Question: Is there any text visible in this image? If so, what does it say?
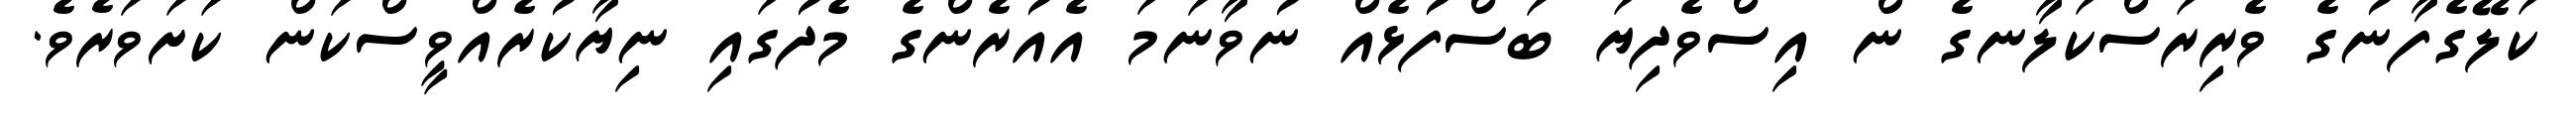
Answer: ކަލޭގެފާނުގެ ވެރިރަސްކަލާނގެ ން އިސްވެދިޔަ ބަސްފުޅެއް ނުވާނަމަ އެއުރެންގެ މެދުގައި ނިޔާކުރެއްވީސްކަން ކަށަވަރެވެ.